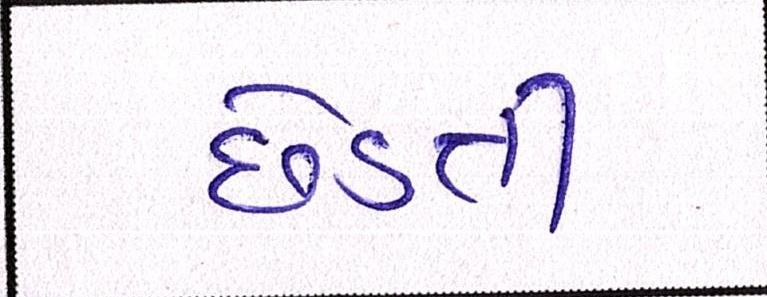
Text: છેડતી